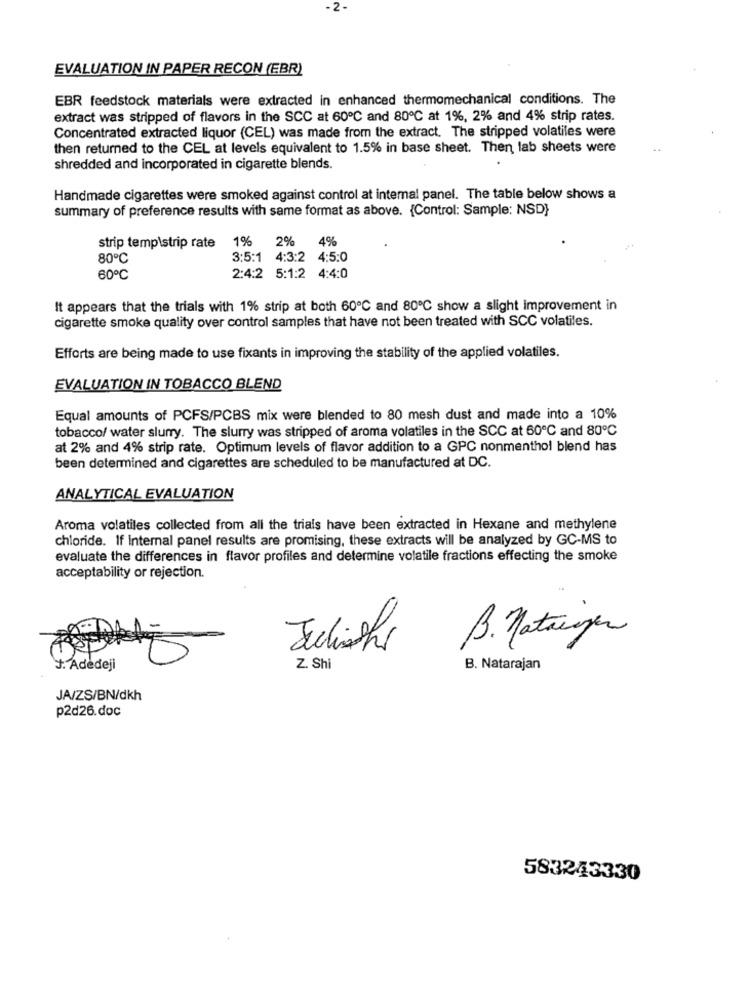
-2-
EVALUATION IN PAPER RECON (EBR)
EBR feedstock materials were extracted in enhanced thermomechanical conditions. The
extract was stripped of flavors in the SCC at 60℃ and 80℃ at 1%, 2% and 4% strip rates.
Concentrated extracted liquor (CEL) was made from the extract. The stripped volatiles were
then returned to the CEL at levels equivalent to 1.5% in base sheet. Then lab sheets were
shredded and incorporated in cigarette blends.
Handmade cigarettes were smoked against control at internal panel. The table below shows a
summary of preference results with same format as above. {Control: Sample: NSD}
1%
2%
4%
strip temp\strip rate
80℃
3:5:1 4:3:2 4:5:0
60℃
2:4:2 5:1:2 4:4:0
It appears that the trials with 1% strip at both 60℃ and 80℃ show a slight improvement in
cigarette smoke quality over control samples that have not been treated with SCC volatiles.
Efforts are being made to use fixants in improving the stability of the applied volatiles.
EVALUATION IN TOBACCO BLEND
Equal amounts of PCFS/PCBS mix were blended to 80 mesh dust and made into a 10%
tobacco/ water slurry. The slurry was stripped of aroma volatiles in the SCC at 60℃ and 80℃
at 2% and 4% strip rate. Optimum levels of flavor addition to a GPC nonmenthol blend has
been determined and cigarettes are scheduled to be manufactured at DC.
ANALYTICAL EVALUATION
Aroma volatiles collected from all the trials have been extracted in Hexane and methylene
chloride. If internal panel results are promising, these extracts will be analyzed by GC-MS to
evaluate the differences in flavor profiles and determine volatile fractions effecting the smoke
acceptability or rejection.
B. Natange
Jechisshr
J. Adedeji
Z. Shi
B. Natarajan
JA/ZS/BN/dkh
p2d26.doc
583243330